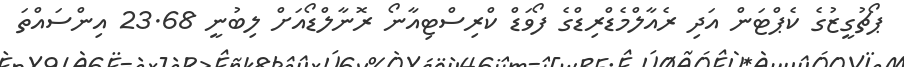
ޕޯޗުގީޒުގެ ކެޕްޓަން އަދި ރެއާލްމެޑްރިޑްގެ ފޯވަޑް ކްރިސްޓިއާނޯ ރޮނާލްޑޯއަށް ލިބުނީ 23.68 އިންސައްތަ